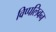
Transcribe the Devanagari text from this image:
विप्पलिवन